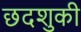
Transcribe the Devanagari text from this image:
छदशुकी